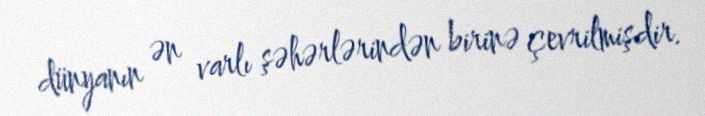
dünyanın ən varlı şəhərlərindən birinə çevrilmişdir.